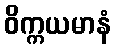
ဝိက္ကယမာနံ